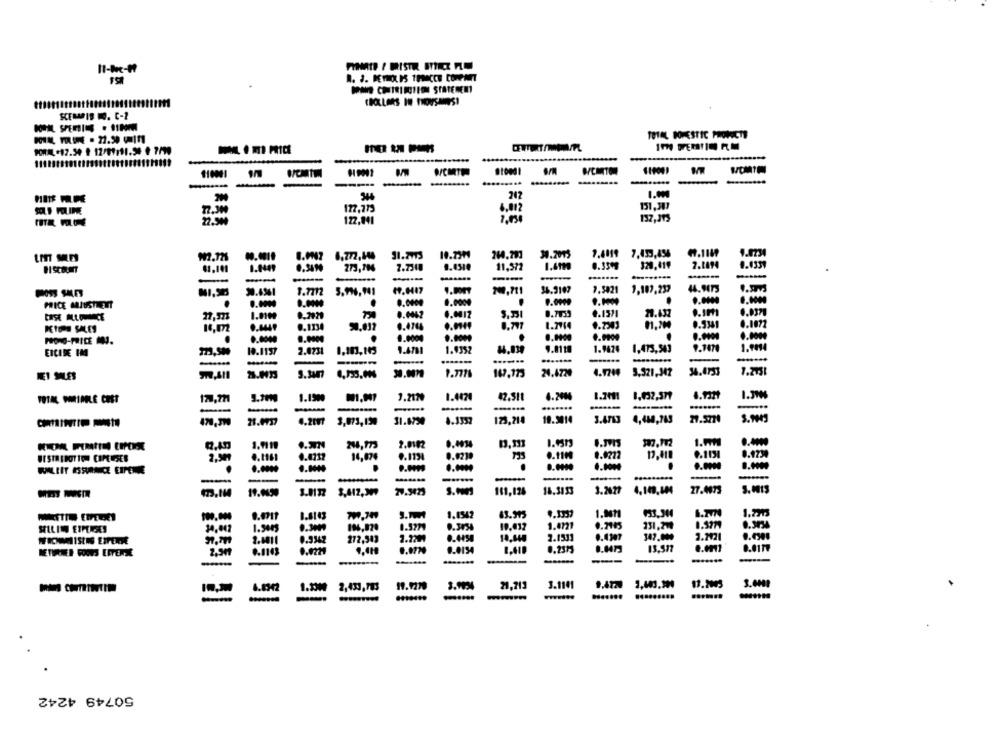
DANS CHUTRIRITION STATEREMY
TOTAL DOMESTIC PHONICTE
PORA .12.30 # 12/99191.50 € 7/99
B/COTTON
110001
--
-
247
177,775
151,317
6,012
22.500
122,001
137,313
34.2015
0.0007 6,772,440
31.7773
10.790
244,293
7.4119 7,433,456
1.0409
273,786
9.4510
11,572
0.33+9
7.1894
61.101
--
-----
9.0007
36.3107
7.5821
1.107,237
44.9473
NI.S
30.6361
1.7712
5.996,941
PRICE MUJUSTMENT
0.0000
.
27,523
0.2929
130
0.0062
S.33
0.7933
.. 1371
29.632
0.037
0.4449
0.1134
0.797
1.7714
0.2203
0.5341
KYON SALES
0.0004
.. 0009
.
.
9.4781
9.8118
1.9624
9.1471
1.900
ERCIDE IM
10.1157
2.0231
1.103,145
1.4352
1,473,943
--
.......
...-...
-
-
1.777%
24.4720
4.9244
3.521,347
36.4133
DET SILES
147,123
VOTRE PARIDOLE CHST
170,721
1.1900
1.2170
1.4424
42.511
4.2444
1.39
-
21.9737
4.2017
3,073,150
11.8750
4.1352
123,214
19.3014
3.4713
4,480,783
244,173
2.0102
0.4034
.. 49
WESTRIDOTTON CIPEUSES
2.501
0.4212
14,874
9.1134
0.9230
.. 119
0.9222
12,410
9.1131
WILLIT ASSURANCE EIPENGE
--
27.5423
18.3133
1.2677
4.10,104
27.4073
423.114
19.0450
111,126
1.2713
9.1542
63.995
0.30
0.5279
0.3454
19.032
1.4721
0.2115
231,214
0.3779
0.3034
SELLIN EXPENSES
30,001
2.4011
0.9342
272,543
2.220
0.4458
7.1531
0.4107
347.000
1.2121
0.4304
0.0134
8.4473
13.517
0.017
RETURNER GOODS EFTERSE
0.1143
0.0229
19.1270
3.90
21,715
3.1101
1.130
2,433,793
50749 4242